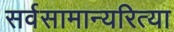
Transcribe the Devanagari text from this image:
सर्वसामान्यरित्या